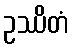
ဥဿိတံ